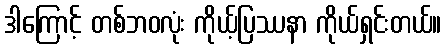
ဒါကြောင့် တစ်ဘဝလုံး ကိုယ့်ပြဿနာ ကိုယ်ရှင်းတယ်။